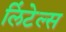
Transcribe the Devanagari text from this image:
लिंटेल्स